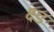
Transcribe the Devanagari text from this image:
क्ष्ड